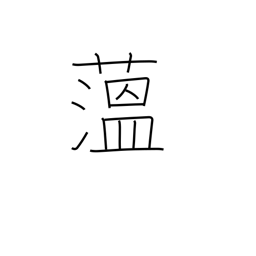
Meaning: hornwort